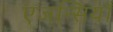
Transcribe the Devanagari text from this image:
एजन्सियाँ